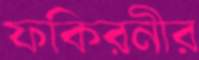
ফকিরনীর